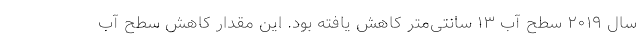
سال ۲۰۱۹ سطح آب ۱۳ سانتی‌متر کاهش یافته بود. این مقدار کاهش سطح آب